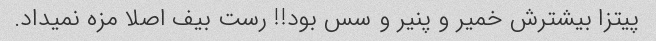
پیتزا بیشترش خمیر و پنیر و سس بود!! رست بیف اصلا مزه نمیداد.